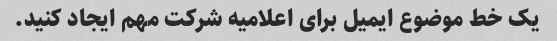
یک خط موضوع ایمیل برای اعلامیه شرکت مهم ایجاد کنید.